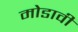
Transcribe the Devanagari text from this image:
मोडावी